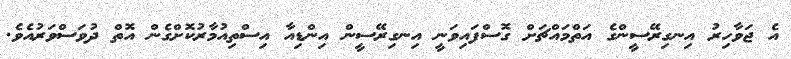
އެ ޖަވާހިރު އިނގިރޭސީންގެ އަތްމައްޗަށް ގޮސްފައިވަނީ އިނގިރޭސީން އިންޑިއާ އިސްތިއުމާރުކޮށްގެން އޮތް ދުވަސްވަރުއެވެ.